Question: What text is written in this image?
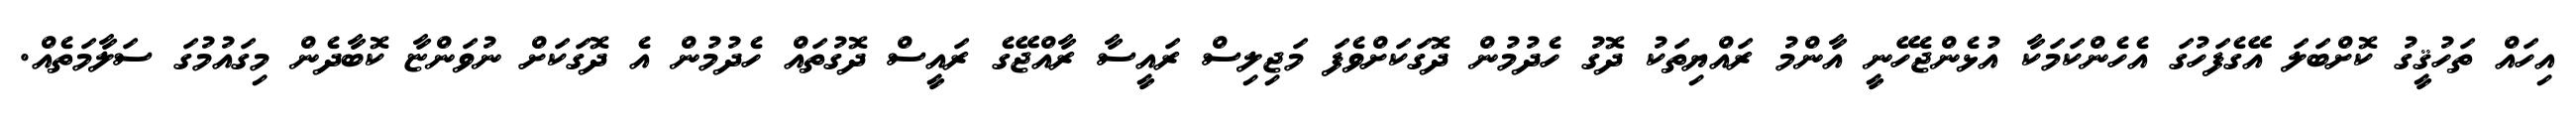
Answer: އިހައް ތަހުޤީގު ކޮށްބަލަ އޭގެފަހުގަ އެހެންކަމަކާ އުޅެންޖެހޭނީ އާންމު ރައްޔިތަކު ދޮގު ހެދުމުން ދޮގަކަށްވެފަ މަޖިލިސް ރައީސާ ރާއްޖޭގެ ރައީސް ދޮގުތައް ހެދުމުން އެ ދޮގަކަށް ނުވަންޏާ ކޮބާދެން މިގައުމުގަ ސަލާމަތެއް.